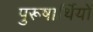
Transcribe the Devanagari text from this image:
पुरूषार्थियों